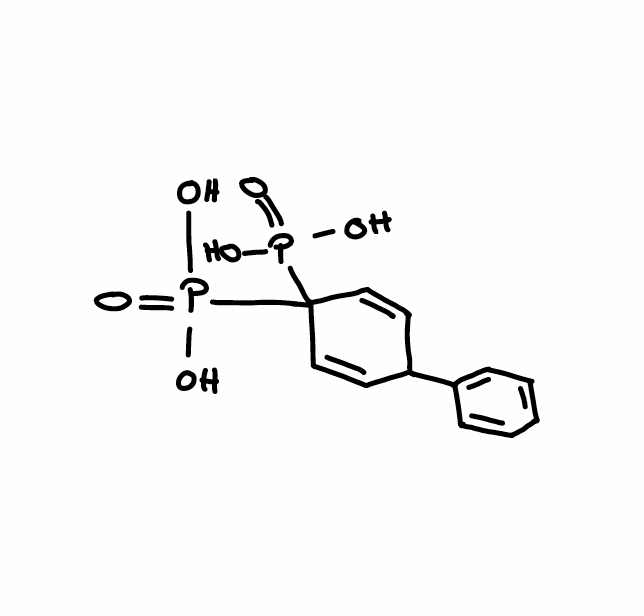
Simplified molecular-input line-entry system (SMILES) notation of the given molecule:
C1=CC=C(C=C1)C2C=CC(C=C2)(P(=O)(O)O)P(=O)(O)O